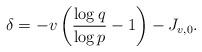
LaTeX: \begin{align*}\delta = - v \left( \frac{\log q}{\log p} -1 \right) - J_{v,0}.\end{align*}